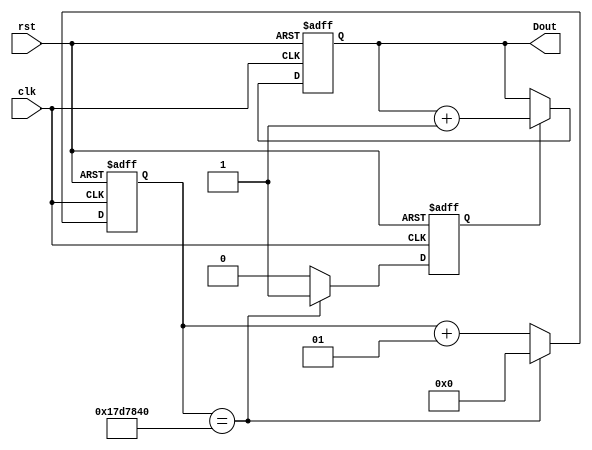
`timescale 1ns / 1ps
//////////////////////////////////////////////////////////////////////////////////
// Company: 
// Engineer: 
// 
// Design Name: 
// Module Name:    counter 
// Project Name: 
// Target Devices: 
// Tool versions: 
// Description: 
//
// Dependencies: 
//
// Revision: 
// Revision 0.01 - File Created
// Additional Comments: 
//
//////////////////////////////////////////////////////////////////////////////////
module counter(
    input clk,
    input rst,
    output reg [3:0] Dout
    );

integer cnt;
reg en;
	 
always @(posedge clk, posedge rst)  // 4bit counter
	if(rst)
		Dout <= 4'b0;
	else if (en)
		Dout <= Dout + 1;
	else
		Dout <= Dout;
		
always @(posedge clk, posedge rst)  // clock_divider
	if (rst)
		begin
		cnt <= 'b0;
		en <= 'b0;
		end
	else if (cnt == 25000000)  // CNT -> ENABLE BIT CONTROL
		begin
		cnt <= 'b0;
		en <= 'b1;
		end
	else
		begin
		cnt <= cnt + 1;
		en <= 'b0;
		end

endmodule